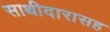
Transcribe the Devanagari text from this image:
साथीदारासह